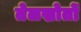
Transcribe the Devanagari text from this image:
तेलस्रोतों